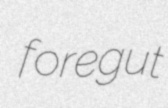
foregut